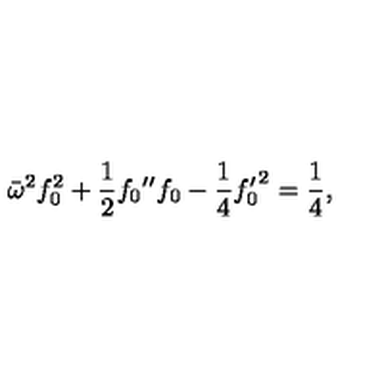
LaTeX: \bar { \omega } ^ { 2 } f _ { 0 } ^ { 2 } + \frac { 1 } { 2 } f _ { 0 } { ' ^ { \prime } } f _ { 0 } - \frac { 1 } { 4 } { f _ { 0 } ^ { \prime } } ^ { 2 } = \frac { 1 } { 4 } ,